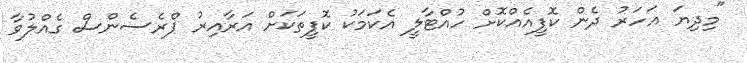
"މިދިޔަ އަހަރު ދެން ކޮފީއެއްކޮށް ހުއްޓާލީ އެކަމަކު ކޮފީތަކަށް އަރާއިރު ޕްރެސެންސް ގެއްލުވާ